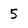
Character: 5